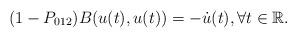
LaTeX: \begin{align*}(1-P_{012})B(u(t),u(t))=-\dot{u}(t), \forall t\in \mathbb{R}.\end{align*}